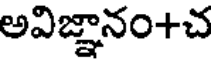
అవిజ్ఞానం+చ